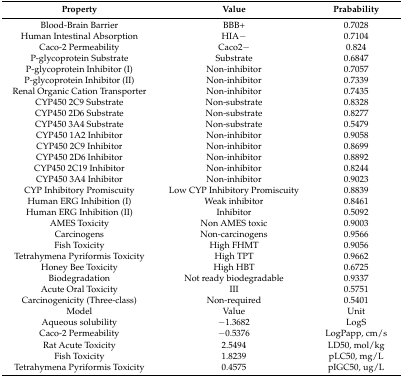
| Property | Value | Prabability |
 | --- | --- | --- |
 | Blood-Brain Barrier | BBB+ | 0.7028 |
 | Human Intestinal Absorption | HIA− | 0.7104 |
 | Caco-2 Permeability | Caco2− | 0.824 |
 | P-glycoprotein Substrate | Substrate | 0.6847 |
 | P-glycoprotein Inhibitor (I) | Non-inhibitor | 0.7057 |
 | P-glycoprotein Inhibitor (II) | Non-inhibitor | 0.7339 |
 | Renal Organic Cation Transporter | Non-inhibitor | 0.7435 |
 | CYP450 2C9 Substrate | Non-substrate | 0.8328 |
 | CYP450 2D6 Substrate | Non-substrate | 0.8277 |
 | CYP450 3A4 Substrate | Non-substrate | 0.5479 |
 | CYP450 1A2 Inhibitor | Non-inhibitor | 0.9058 |
 | CYP450 2C9 Inhibitor | Non-inhibitor | 0.8699 |
 | CYP450 2D6 Inhibitor | Non-inhibitor | 0.8892 |
 | CYP450 2C19 Inhibitor | Non-inhibitor | 0.8244 |
 | CYP450 3A4 Inhibitor | Non-inhibitor | 0.9023 |
 | CYP Inhibitory Promiscuity | Low CYP Inhibitory Promiscuity | 0.8839 |
 | Human ERG Inhibition (I) | Weak inhibitor | 0.8461 |
 | Human ERG Inhibition (II) | Inhibitor | 0.5092 |
 | AMES Toxicity | Non AMES toxic | 0.9003 |
 | Carcinogens | Non-carcinogens | 0.9566 |
 | Fish Toxicity | High FHMT | 0.9056 |
 | Tetrahymena Pyriformis Toxicity | High TPT | 0.9662 |
 | Honey Bee Toxicity | High HBT | 0.6725 |
 | Biodegradation | Not ready biodegradable | 0.9337 |
 | Acute Oral Toxicity | III | 0.5751 |
 | Carcinogenicity (Three-class) | Non-required | 0.5401 |
 | Model | Value | Unit |
 | Aqueous solubility | −1.3682 | LogS |
 | Caco-2 Permeability | −0.5376 | LogPapp, cm/s |
 | Rat Acute Toxicity | 2.5494 | LD50, mol/kg |
 | Fish Toxicity | 1.8239 | pLC50, mg/L |
 | Tetrahymena Pyriformis Toxicity | 0.4575 | pIGC50, ug/L |